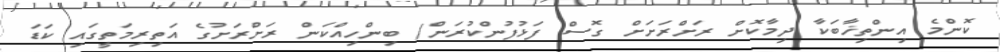
ކޮންމެ އިންތިޚާބަކާ ދިމާކޮށް ރަށްރަށަށް ގޮސް ފަޅުފުންކުރަން/ ބިންހިއްކަން ރަށްރަށުގެ އަތިރިމަތީގައި ކަޑަ